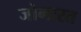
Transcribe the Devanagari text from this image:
जोभारत